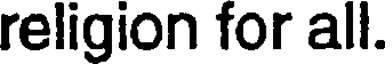
religion for all.